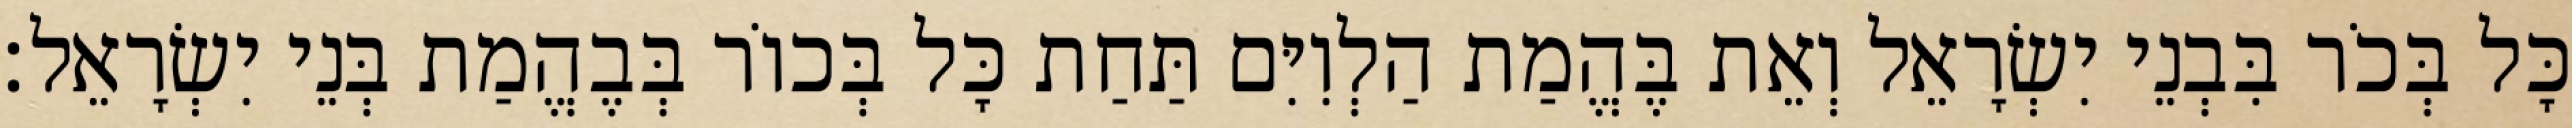
כָּל בְּכֹר בִּבְנֵי יִשְׂרָאֵל וְאֵת בֶּהֱמַת הַלְוִיִּם תַּחַת כָּל בְּכוֹר בְּבֶהֱמַת בְּנֵי יִשְׂרָאֵל׃